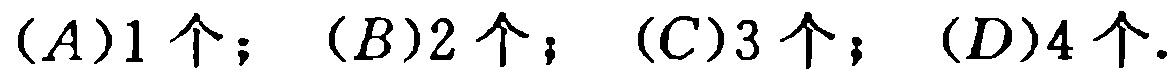
\((A)1个；(B)2个；(C)3个；(D)4个.\)